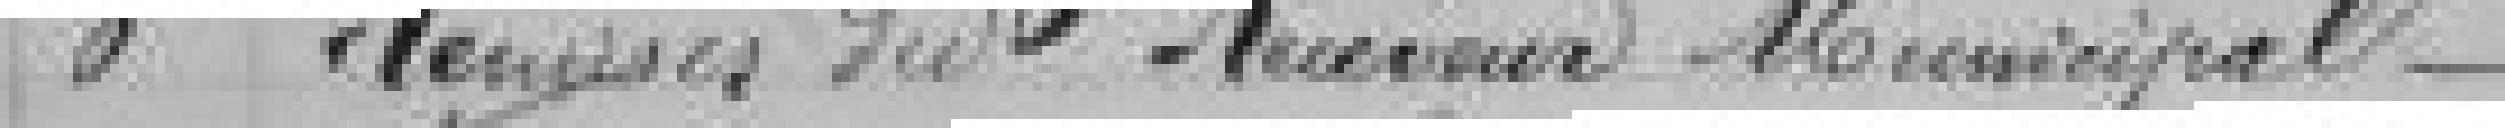
6 Remises du Receveur Municipal